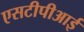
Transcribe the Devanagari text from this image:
एसटीपीआई